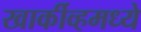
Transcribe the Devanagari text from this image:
खार्कीव्हमध्ये